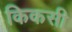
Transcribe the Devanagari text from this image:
किकसी